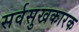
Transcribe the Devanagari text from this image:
सर्वसुखकारक